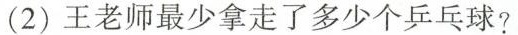
(2)王老师最少拿走了多少个乒乓球?